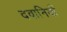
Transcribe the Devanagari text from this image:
दवानियाँ